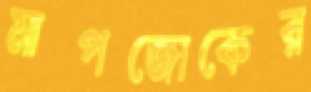
মাপজোকের